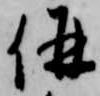
併